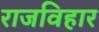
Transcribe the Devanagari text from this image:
राजविहार